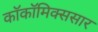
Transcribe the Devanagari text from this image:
काॅकॉमिक्ससार